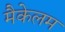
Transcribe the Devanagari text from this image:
मैकेलम